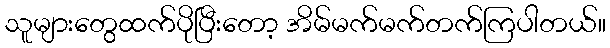
သူများတွေထက်ပိုပြီးတော့ အိမ်မက်မက်တက်ကြပါတယ်။